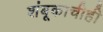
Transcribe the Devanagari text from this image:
शंबूकाचीही